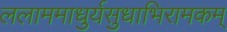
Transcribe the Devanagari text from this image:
ललाममाधुर्यसुधाभिरामकम्